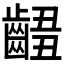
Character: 𪘴